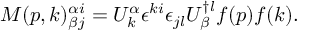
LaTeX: { \cal M } ( p , k ) _ { \beta j } ^ { \alpha i } = U _ { k } ^ { \alpha } \epsilon ^ { k i } \epsilon _ { j l } U _ { \beta } ^ { \dagger l } f ( p ) f ( k ) .